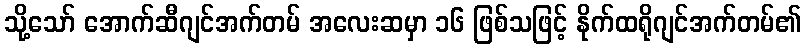
သို့သော် အောက်ဆီဂျင်အက်တမ် အလေးဆမှာ ၁၆ ဖြစ်သဖြင့် နိုက်ထရိုဂျင်အက်တမ်၏